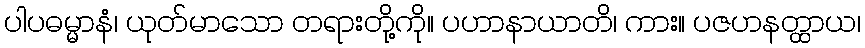
ပါပဓမ္မာနံ၊ ယုတ်မာသော တရားတို့ကို။ ပဟာနာယာတိ၊ ကား။ ပဇဟနတ္ထာယ၊